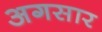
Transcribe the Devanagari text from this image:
अगसार